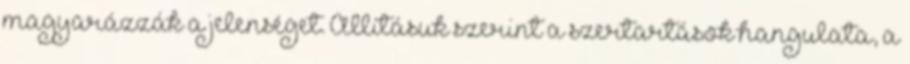
magyarázzák a jelenséget. Állításuk szerint a szertartások hangulata, a